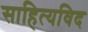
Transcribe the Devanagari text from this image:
साहित्यविद